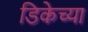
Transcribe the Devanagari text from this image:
डिकेच्या